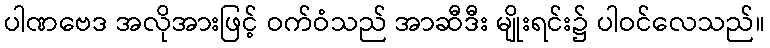
ပါဏဗေဒ အလိုအားဖြင့် ဝက်ဝံသည် အာဆီဒီး မျိုးရင်း၌ ပါဝင်လေသည်။